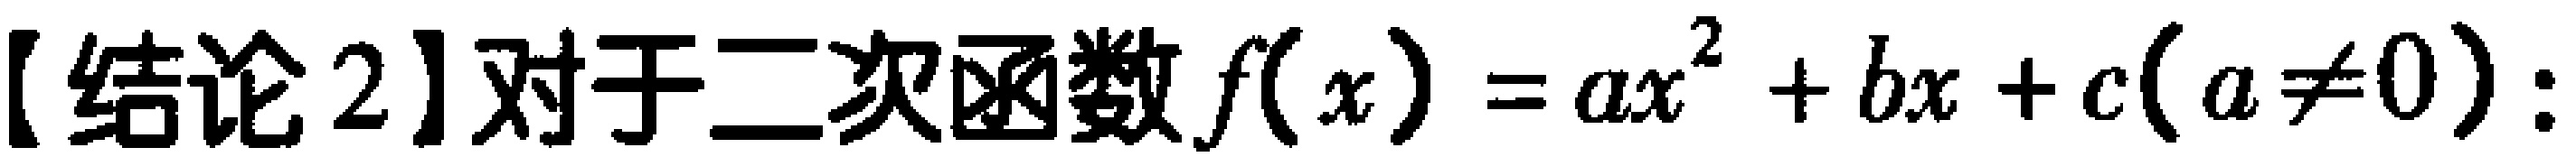
【结论2】对于二次函数\(f(x)=ax^{2}+bx + c(a\neq0)\)：